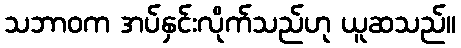
သဘာဝက အပ်နှင်းလိုက်သည်ဟု ယူဆသည်။